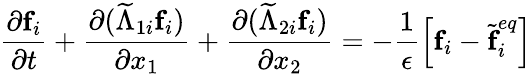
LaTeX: \frac{\partial\textbf{f}_{i}}{\partial t}+\frac{\partial(\widetilde{\Lambda}_{1i}\textbf{f}_{i})}{\partial x_{1}}+\frac{\partial(\widetilde{\Lambda}_{2i}\textbf{f}_{i})}{\partial x_{2}}=-\frac{1}{\epsilon}\left[\textbf{f}_{i}-\widetilde{\textbf{f}}_{i}^{eq}\right]